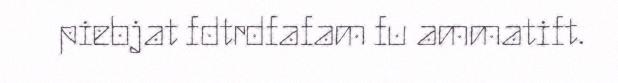
piebjat fdtrdfafam fu ammatift.